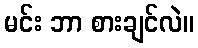
မင်း ဘာ စားချင်လဲ။